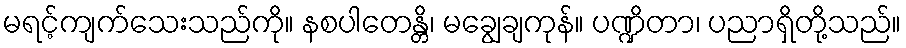
မရင့်ကျက်သေးသည်ကို။ နစပါတေန္တိ၊ မချွေချကုန်။ ပဏ္ဍိတာ၊ ပညာရှိတို့သည်။